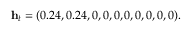
\mathbf { h } _ { t } = ( 0 . 2 4 , 0 . 2 4 , 0 , 0 , 0 , 0 , 0 , 0 , 0 , 0 ) .